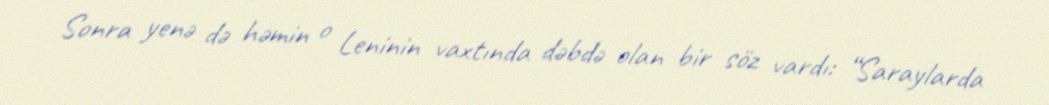
Sonra yenə də həmin o Leninin vaxtında dəbdə olan bir söz vardı: “Saraylarda